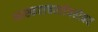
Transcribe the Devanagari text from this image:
भास्कराचार्याबरोबर